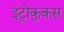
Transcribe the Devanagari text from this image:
इंट्रोकुकस